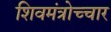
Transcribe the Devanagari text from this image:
शिवमंत्रोच्चार